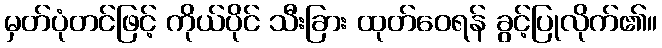
မှတ်ပုံတင်ဖြင့် ကိုယ်ပိုင် သီးခြား ထုတ်ဝေရန် ခွင့်ပြုလိုက်၏။